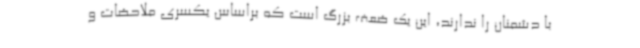
با دشمنان را ندارند، این یک ضعف بزرگ است که براساس یکسری ملاحضات و